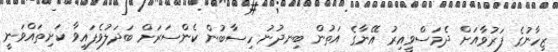
ޒިހާނުގެ ފަރުވާއަށް ދެމަސްވީއިރު އޭނާގެ އަތުން ބިނދުނު ހިސާބުން ކެންސަރަށް ބަދަލުވެފައިވާ ކަށިތައްވަނީ